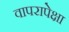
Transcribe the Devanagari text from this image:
वापरापेक्षा